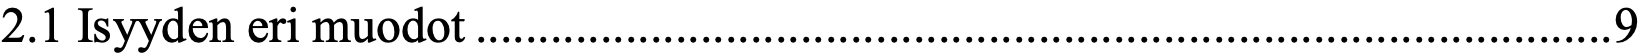
2.1 Isyyden eri muodot ........................................................................................... 9